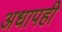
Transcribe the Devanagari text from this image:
अधापही